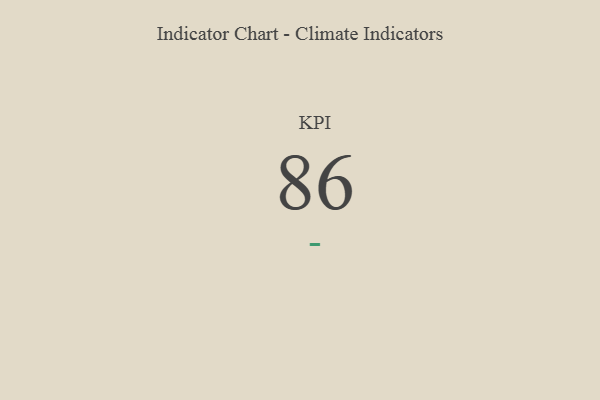
{"axis": {"x": "KPI", "y": "Value"}, "legend": [""], "data": [{"x": "KPI", "y": 86, "type": ""}]}